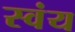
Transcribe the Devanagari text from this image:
स्‍वंय